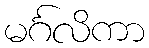
မင်္ဂလိကာ